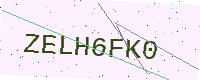
Text: ZELH6FK0